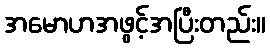
အမောဟအဖွင့်အပြီးတည်း။